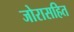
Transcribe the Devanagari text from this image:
जोरासहित